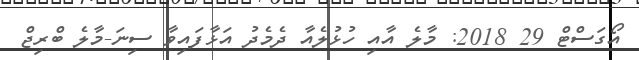
އޯގަސްޓް 29 2018: މާލެ އާއި ހުޅުލެއާ ދެމެދު އަޅާފައިވާ ސިނަ-މާލެ ބްރިޖް